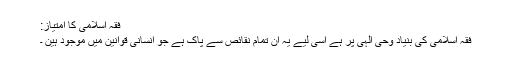
فقہ اسلامی کا امتیاز:
فقہ اسلامی کی بنیاد وحی الہی پر ہے اسی لیے یہ ان تمام نقائص سے پاک ہے جو انسانی قوانین میں موجود ہین ۔